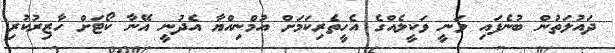
ދައުލަތުން ބުނެފައި ވަނީ ވަކީލެއްގެ އެހީތެރިކަމަށް އުމްނިއްޔާ އެދުނީ އޭނާ ކޯޓަށް ހާޒިރުކުރި